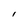
Character: I